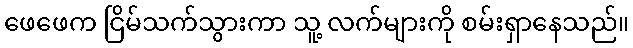
ဖေဖေက ငြိမ်သက်သွားကာ သူ့ လက်များကို စမ်းရှာနေသည်။